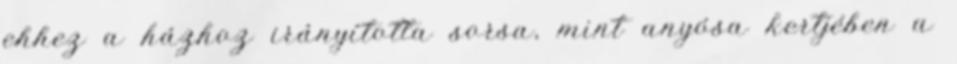
ehhez a házhoz irányította sorsa, mint anyósa kertjében a